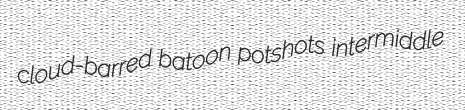
cloud-barred batoon potshots intermiddle